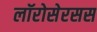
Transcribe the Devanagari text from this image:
लॉरोसेरसस